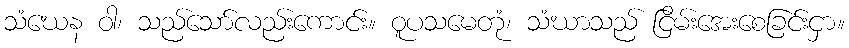
သံဃေန ဝါ၊ သည်သော်လည်းကောင်း။ ဝူပသမေတုံ၊ သံဃာသည် ငြိမ်းအေးစေခြင်းငှာ။